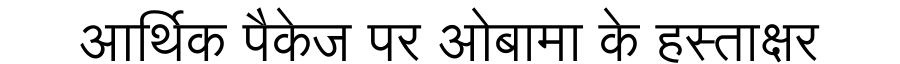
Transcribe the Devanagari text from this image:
आर्थिक पैकेज पर ओबामा के हस्ताक्षर